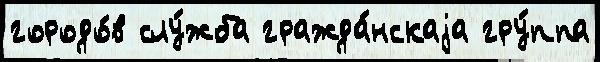
городо́в слу́жба гражда́нскаjа гру́ппа